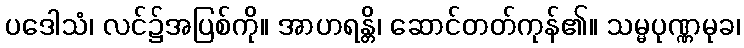
ပဒေါသံ၊ လင်၌အပြစ်ကို။ အာဟရန္တိ၊ ဆောင်တတ်ကုန်၏။ သမ္မပုဏ္ဏမုခ၊